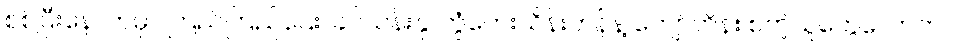
စစ်ပြီးနောက်မှာ ကြည်ကြည်ဌေး၊ ခင်သန်းနု၊ တွံတေးသိန်းတန်နဲ့ ကျော်ဟိန်း စတဲ့သူတွေလောက်ပဲ